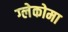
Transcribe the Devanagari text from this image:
ग्लेकोमा